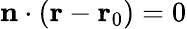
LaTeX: \mathbf{n}\cdot(\mathbf{r}-\mathbf{r}_{0})=0